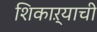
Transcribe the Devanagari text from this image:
शिकाऱ्याची